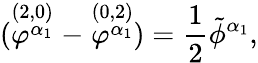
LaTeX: (\stackrel{(2,0)}{\varphi^{\alpha_{1}}}-\stackrel{(0,2)}{\varphi^{\alpha_{1}}})={\frac{1}{2}}\tilde{\phi}^{\alpha_{1}},